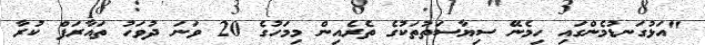
"އަޅުގަނޑުމެންގައި ހިމެނޭ ސިޔާސަތުތަކުގެ ތެރެއިން މިމަހުގެ 20 ވަނަ ދުވަހު ތައާރަފް ކުރާ